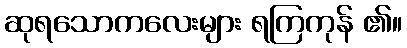
ဆုရသောကလေးများ ရကြကုန် ၏။